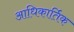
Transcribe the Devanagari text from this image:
आधिकार्तिक